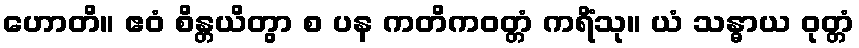
ဟောတိ။ ဧဝံ စိန္တယိတွာ စ ပန ကတိကဝတ္တံ ကရိံသု။ ယံ သန္ဓာယ ဝုတ္တံ